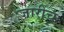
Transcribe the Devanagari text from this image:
जारीच